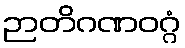
ဉာတိဂဏဝဂ္ဂံ